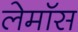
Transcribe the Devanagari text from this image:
लेमॉस